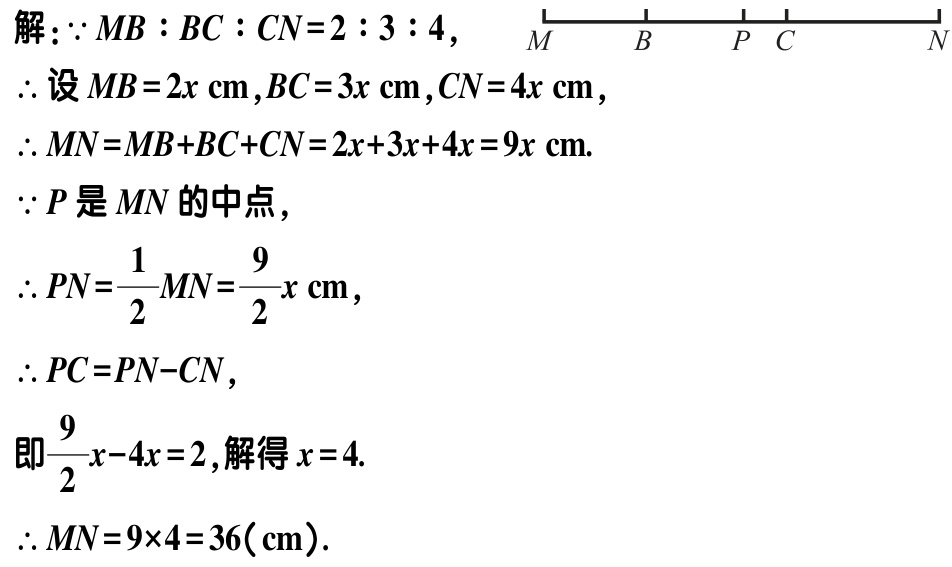
解：\(\because MB:BC:CN = 2:3:4\)，

\(\therefore\)设\(MB = 2x\mathrm{cm},BC = 3x\mathrm{cm},CN = 4x\mathrm{cm}\)，

\(\therefore MN=MB + BC + CN=2x + 3x + 4x = 9x\mathrm{cm}\).

\(\because P\)是\(MN\)的中点，

\(\therefore PN=\dfrac{1}{2}MN=\dfrac{9}{2}x\mathrm{cm}\)，

\(\therefore PC = PN - CN\)，

即\(\dfrac{9}{2}x - 4x = 2\)，解得\(x = 4\).

\(\therefore MN=9\times4 = 36(\mathrm{cm})\).